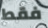
فقط